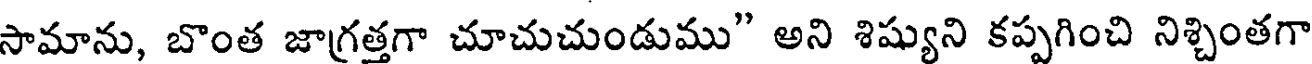
సామాను, బొంత జాగ్రత్తగా చూచుచుండుము" అని శిష్యుని కప్పగించి నిశ్చింతగా